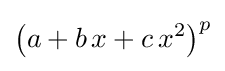
\left(a+b\,x+c\,x^{2}\right)^{p}